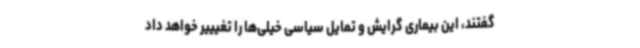
گفتند، این بیماری گرایش و تمایل سیاسی خیلی‌ها را تغیییر خواهد داد